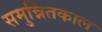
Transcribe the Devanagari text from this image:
समुन्नितकाल